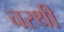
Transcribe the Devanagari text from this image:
चरथी